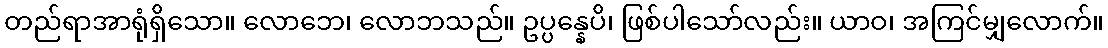
တည်ရာအာရုံရှိသော။ လောဘေ၊ လောဘသည်။ ဥပ္ပန္နေပိ၊ ဖြစ်ပါသော်လည်း။ ယာဝ၊ အကြင်မျှလောက်။